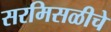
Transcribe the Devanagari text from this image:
सरमिसळीचे